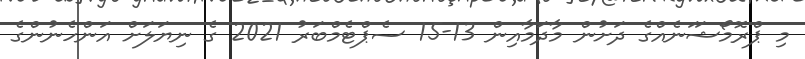
މި ޕްރޮމޯޝަަނެއްގެ ދަށުން މާދަމާއިން 13-15 ސެޕްޓެމްބަރު 2021 ގެ ނިޔަލަށް އަންހެނުންގެ